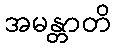
အမန္တာတိ